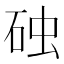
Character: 𪿛